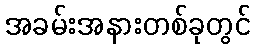
အခမ်းအနားတစ်ခုတွင်